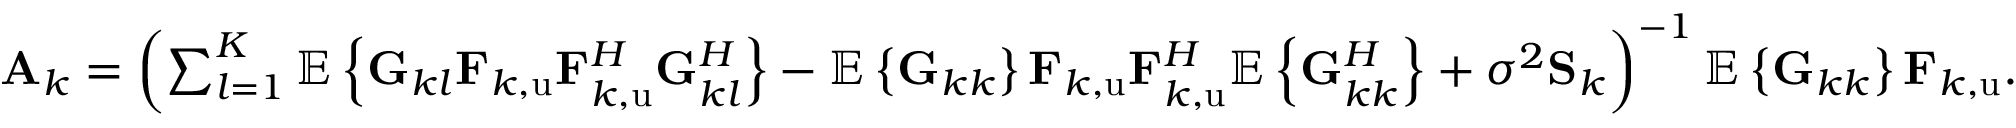
\begin{array} { r } { \mathbf { A } _ { k } = \left( \sum _ { l = 1 } ^ { K } { \mathbb { E } \left\{ \mathbf { G } _ { k l } \mathbf { F } _ { k , \mathrm { u } } \mathbf { F } _ { k , \mathrm { u } } ^ { H } \mathbf { G } _ { k l } ^ { H } \right\} } - \mathbb { E } \left\{ \mathbf { G } _ { k k } \right\} \mathbf { F } _ { k , \mathrm { u } } \mathbf { F } _ { k , \mathrm { u } } ^ { H } \mathbb { E } \left\{ \mathbf { G } _ { k k } ^ { H } \right\} + \sigma ^ { 2 } \mathbf { S } _ { k } \right) ^ { - 1 } \mathbb { E } \left\{ \mathbf { G } _ { k k } \right\} \mathbf { F } _ { k , \mathrm { u } } . } \end{array}